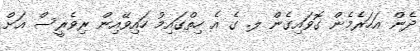
ދެން އަހަރެމެން ގޮވައިގެން ލ. ގެ އެ ހިތްގައިމު ހައިވޭއިން ރިވެރީސް އަށް